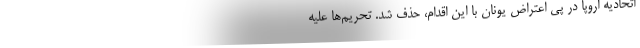
اتحادیه اروپا در پی اعتراض یونان با این اقدام، حذف شد. تحریم‌ها علیه